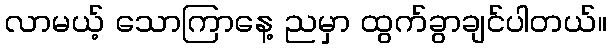
လာမယ့် သောကြာနေ့ ညမှာ ထွက်ခွာချင်ပါတယ်။